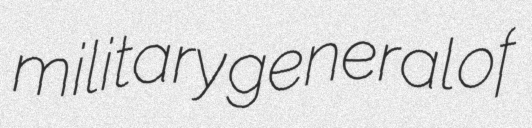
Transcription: military general of